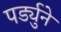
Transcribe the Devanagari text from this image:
पर्ड्युने